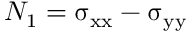
N _ { 1 } = \upsigma _ { \mathrm { x x } } - \upsigma _ { \mathrm { y y } }